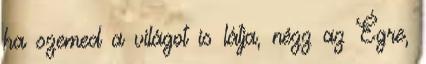
ha szemed a világot is látja, nézz az Égre,